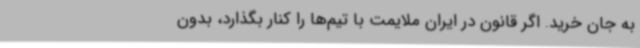
به جان خرید. اگر قانون در ایران ملایمت با تیم‌ها را کنار بگذارد، بدون